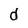
Character: d